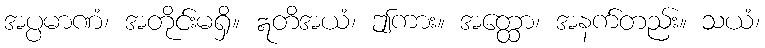
အပ္ပမာဏံ၊ အတိုင်းမရှိ။ ဣတိအယံ၊ ဤကား။ အတ္ထော၊ အနက်တည်း။ သယံ၊